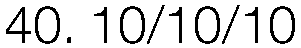
40. 10/10/10